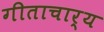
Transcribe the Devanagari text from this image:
गीताचार्य